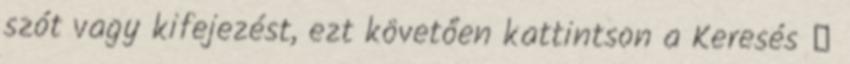
szót vagy kifejezést, ezt követően kattintson a Keresés ↑